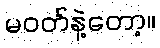
မဝတ်နဲ့တော့။